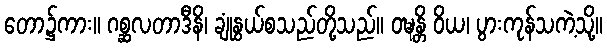
တော၌ကား။ ဂစ္ဆလတာဒီနိ၊ ချုံနွယ်စသည်တို့သည်။ ဝဍ္ဎန္တိ ဝိယ၊ ပွားကုန်သကဲ့သို့။